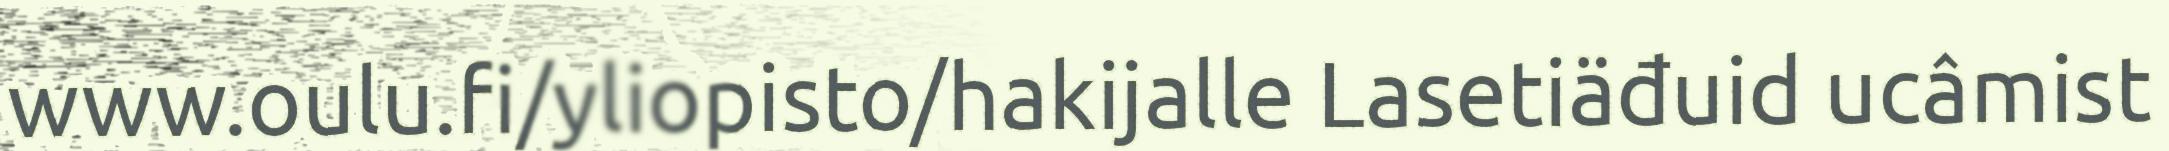
www.oulu.fi/yliopisto/hakijalle Lasetiäđuid ucâmist